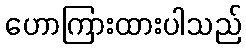
ဟောကြားထားပါသည်